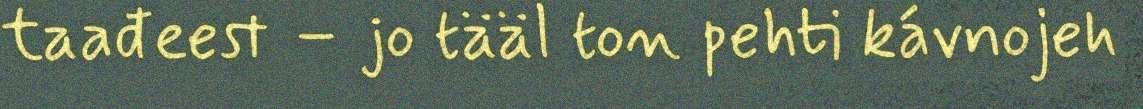
taađeest – jo tääl ton pehti kávnojeh